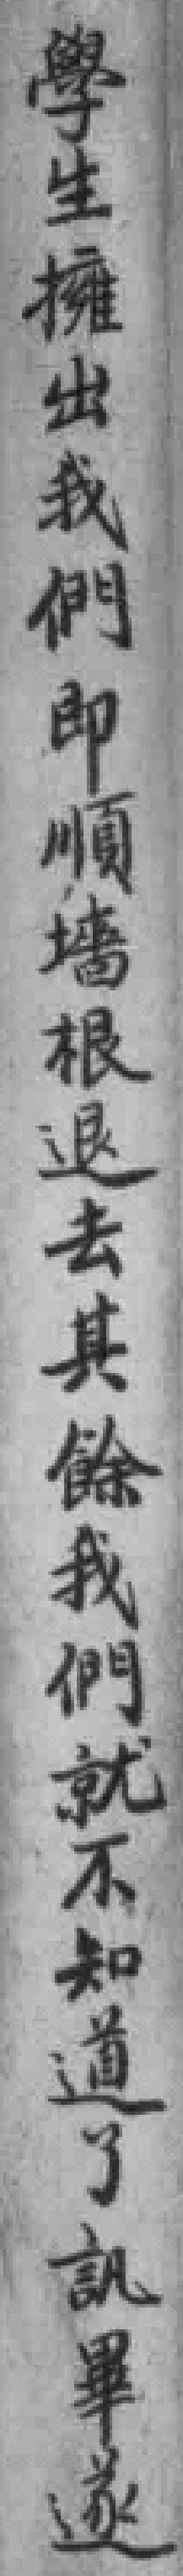
學生擁出我們即順墙根退去其餘我們就不知道了訊畢遂